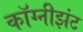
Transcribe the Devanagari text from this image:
कॉग्नीझंट